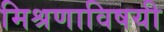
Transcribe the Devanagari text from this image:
मिश्रणाविषयी